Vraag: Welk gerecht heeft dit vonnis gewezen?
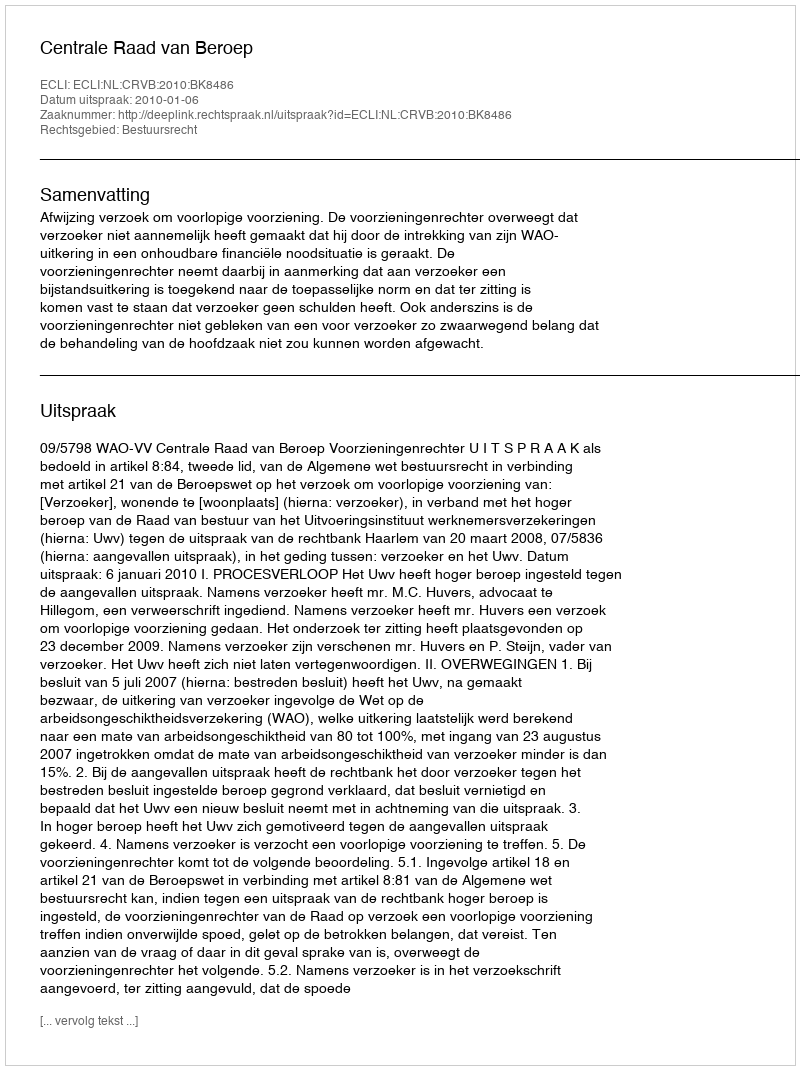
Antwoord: Centrale Raad van Beroep